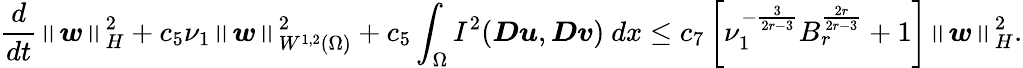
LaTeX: \frac{d}{dt}\left\lVert\boldsymbol{w}\right\rVert_{H}^{2}+c_{5}\nu_{1}\left\lVert\boldsymbol{w}\right\rVert_{W^{1,2}(\Omega)}^{2}+c_{5}\int_{\Omega}I^{2}(\boldsymbol{Du},\boldsymbol{Dv})\ dx\leq c_{7}\left[\nu_{1}^{-\frac{3}{2r-3}}B_{r}^{\frac{2r}{2r-3}}+1\right]\left\lVert\boldsymbol{w}\right\rVert_{H}^{2}.